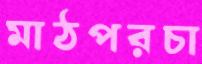
মাঠপরচা